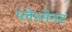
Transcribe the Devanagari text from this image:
प्लेस्मेनट